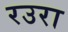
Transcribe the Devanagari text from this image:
रउरा